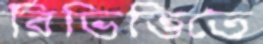
রিভিত্তিতে